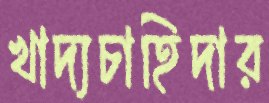
খাদ্যচাহিদার